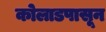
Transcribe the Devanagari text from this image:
कोलाडपासून